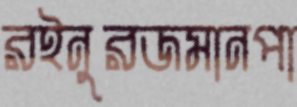
রইনুরজমানপা